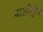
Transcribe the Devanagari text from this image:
बालीद्वीप